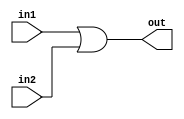
// bit by bit or gate for ALU.

module or32(in1 , in2 , out);
  
  input [31:0] in1,in2;
  output [31:0] out;
  
  wire [31:0] in1_w, in2_w;
  
  assign in1_w = in1;
  assign in2_w = in2;
  
  
  assign out = in1 | in2;
  
endmodule